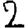
Digit: 2